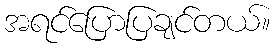
အရင်ပြောပြချင်တယ်။